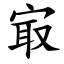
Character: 㝡